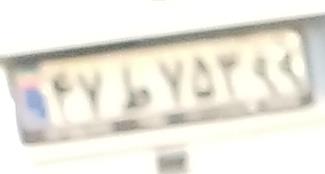
۴۷ط۷۵۳۹۹